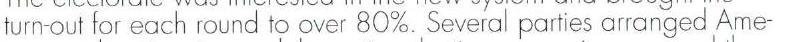
turn-out for each round toover 80%. Several parties arranged Ame-